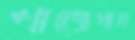
খাজেগান